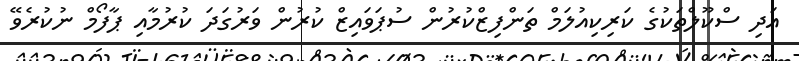
އަދި ސްކޫލްތަކުގެ ކަރިކިއުލަމް ތަންފިޒްކުރުން ސުޕަވައިޒް ކުރުން ވަރުގަދަ ކުރުމާއި ޕާފޯމް ނުކުރެވޭ